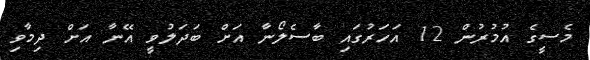
މެސީގެ އުމުރުން 12 އަހަރުގައި ބާސެލޯނާ އަށް ބަދަލުވީ އޭނާ އަށް ދިމާވި